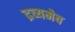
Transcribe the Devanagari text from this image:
द्रव्यमेव